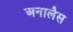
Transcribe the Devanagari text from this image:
अनालैस